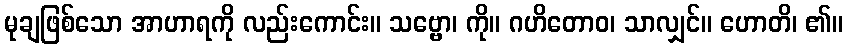
မုချဖြစ်သော အာဟာရကို လည်းကောင်း။ သဗ္ဗော၊ ကို။ ဂဟိတောဝ၊ သာလျှင်။ ဟောတိ၊ ၏။